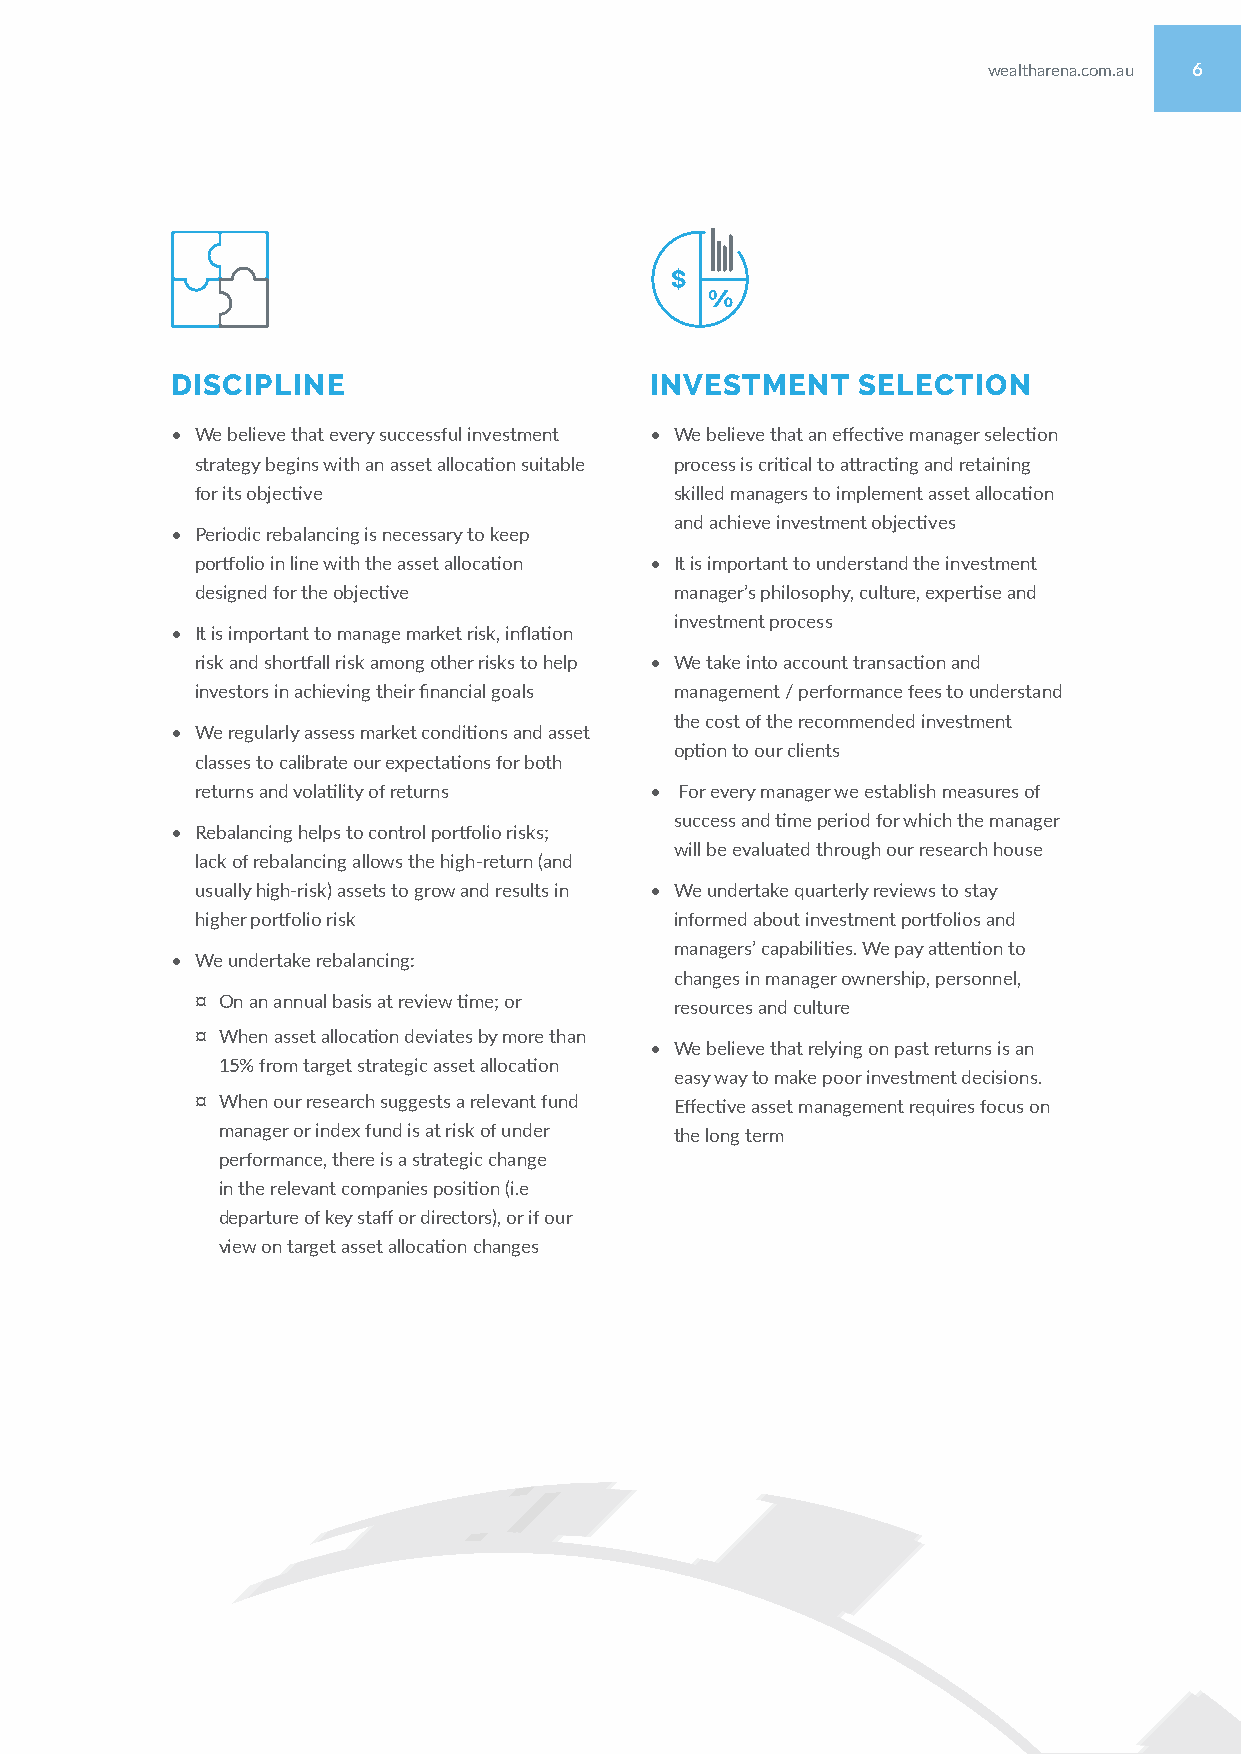
wealtharena.com.au 6
 DISCIPLINE                      INVESTMENT    SELECTION
 • We believe that every successful investment • We believe that an effective manager selection
 strategy begins with an asset allocation suitable process is critical to attracting and retaining
 for its objective               skilled managers to implement asset allocation
 and achieve investment objectives
 • Periodic rebalancing is necessary to keep
 portfolio in line with the asset allocation • It is important to understand the investment
 designed for the objective      manager’s philosophy, culture, expertise and
 investment process
 • It is important to manage market risk, inflation
 risk and shortfall risk among other risks to help • We take into account transaction and
 investors in achieving their financial goals management / performance fees to understand
 the cost of the recommended investment
 • We regularly assess market conditions and asset
 option to our clients
 classes to calibrate our expectations for both
 returns and volatility of returns • For every manager we establish measures of
 success and time period for which the manager
 • Rebalancing helps to control portfolio risks;
 will be evaluated through our research house
 lack of rebalancing allows the high-return (and
 usually high-risk) assets to grow and results in • We undertake quarterly reviews to stay
 higher portfolio risk           informed about investment portfolios and
 managers’ capabilities. We pay attention to
 • We undertake rebalancing:
 changes in manager ownership, personnel,
 ¤ On an annual basis at review time; or resources and culture
 ¤ When asset allocation deviates by more than
 • We believe that relying on past returns is an
 15% from target strategic asset allocation
 easy way to make poor investment decisions.
 ¤ When our research suggests a relevant fund Effective asset management requires focus on
 manager or index fund is at risk of under the long term
 performance, there is a strategic change
 in the relevant companies position (i.e
 departure of key staff or directors), or if our
 view on target asset allocation changes